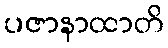
ပဇာနာထာတိ